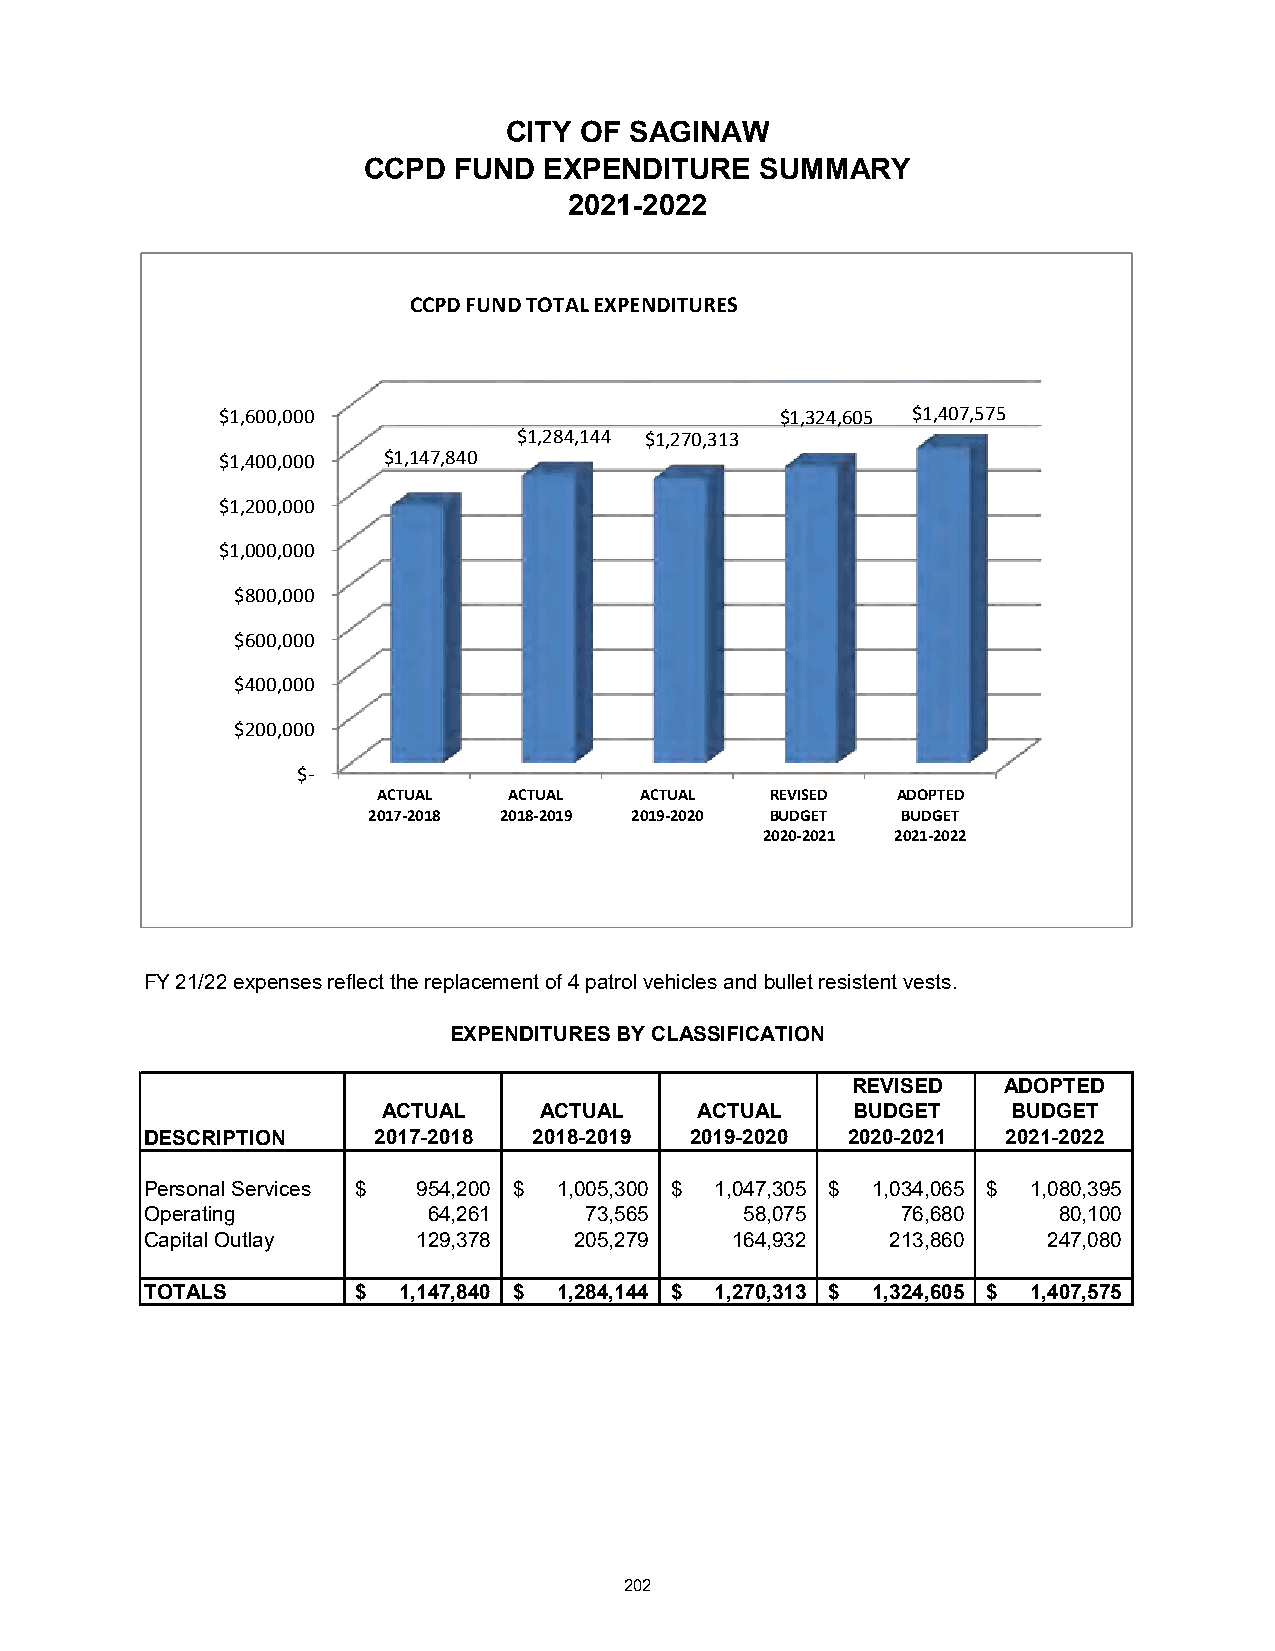
CITY OF SAGINAW
 CCPD  FUND  EXPENDITURE   SUMMARY
 2021-2022
 CCPD FUND TOTALEXPENDITURES
 $1,600,000                           $1,324,605 $1,407,575
 $1,284,144 $1,270,313
 $1,400,000 $1,147,840
 $1,200,000
 $1,000,000
 $800,000
 $600,000
 $400,000
 $200,000
 $-
 ACTUAL   ACTUAL  ACTUAL   REVISED ADOPTED
 2017-2018 2018-2019 2019-2020 BUDGET BUDGET
 2020-2021 2021-2022
 FY 21/22 expenses reflect the replacement of 4 patrol vehicles and bullet resistent vests.
 EXPENDITURES BY CLASSIFICATION
 REVISED    ADOPTED
 ACTUAL     ACTUAL    ACTUAL    BUDGET     BUDGET
 DESCRIPTION    2017-2018 2018-2019  2019-2020 2020-2021  2021-2022
 Personal Services $ 954,200 $ 1,005,300 $ 1,047,305 $ 1,034,065 $ 1,080,395
 Operating         64,261     73,565    58,075     76,680    80,100
 Capital Outlay    129,378   205,279   164,932    213,860   247,080
 TOTALS        $ 1,147,840 $ 1,284,144 $ 1,270,313 $ 1,324,605 $ 1,407,575
 202